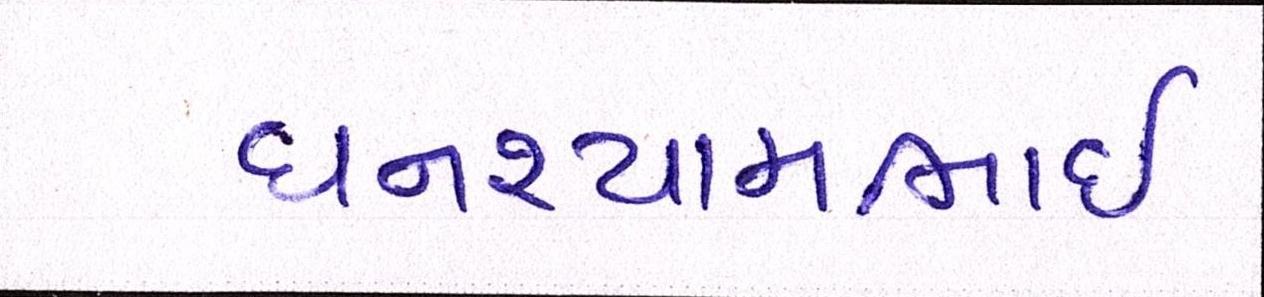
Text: ઘનશ્યામભાઈ